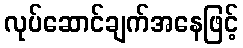
လုပ်ဆောင်ချက်အနေဖြင့်